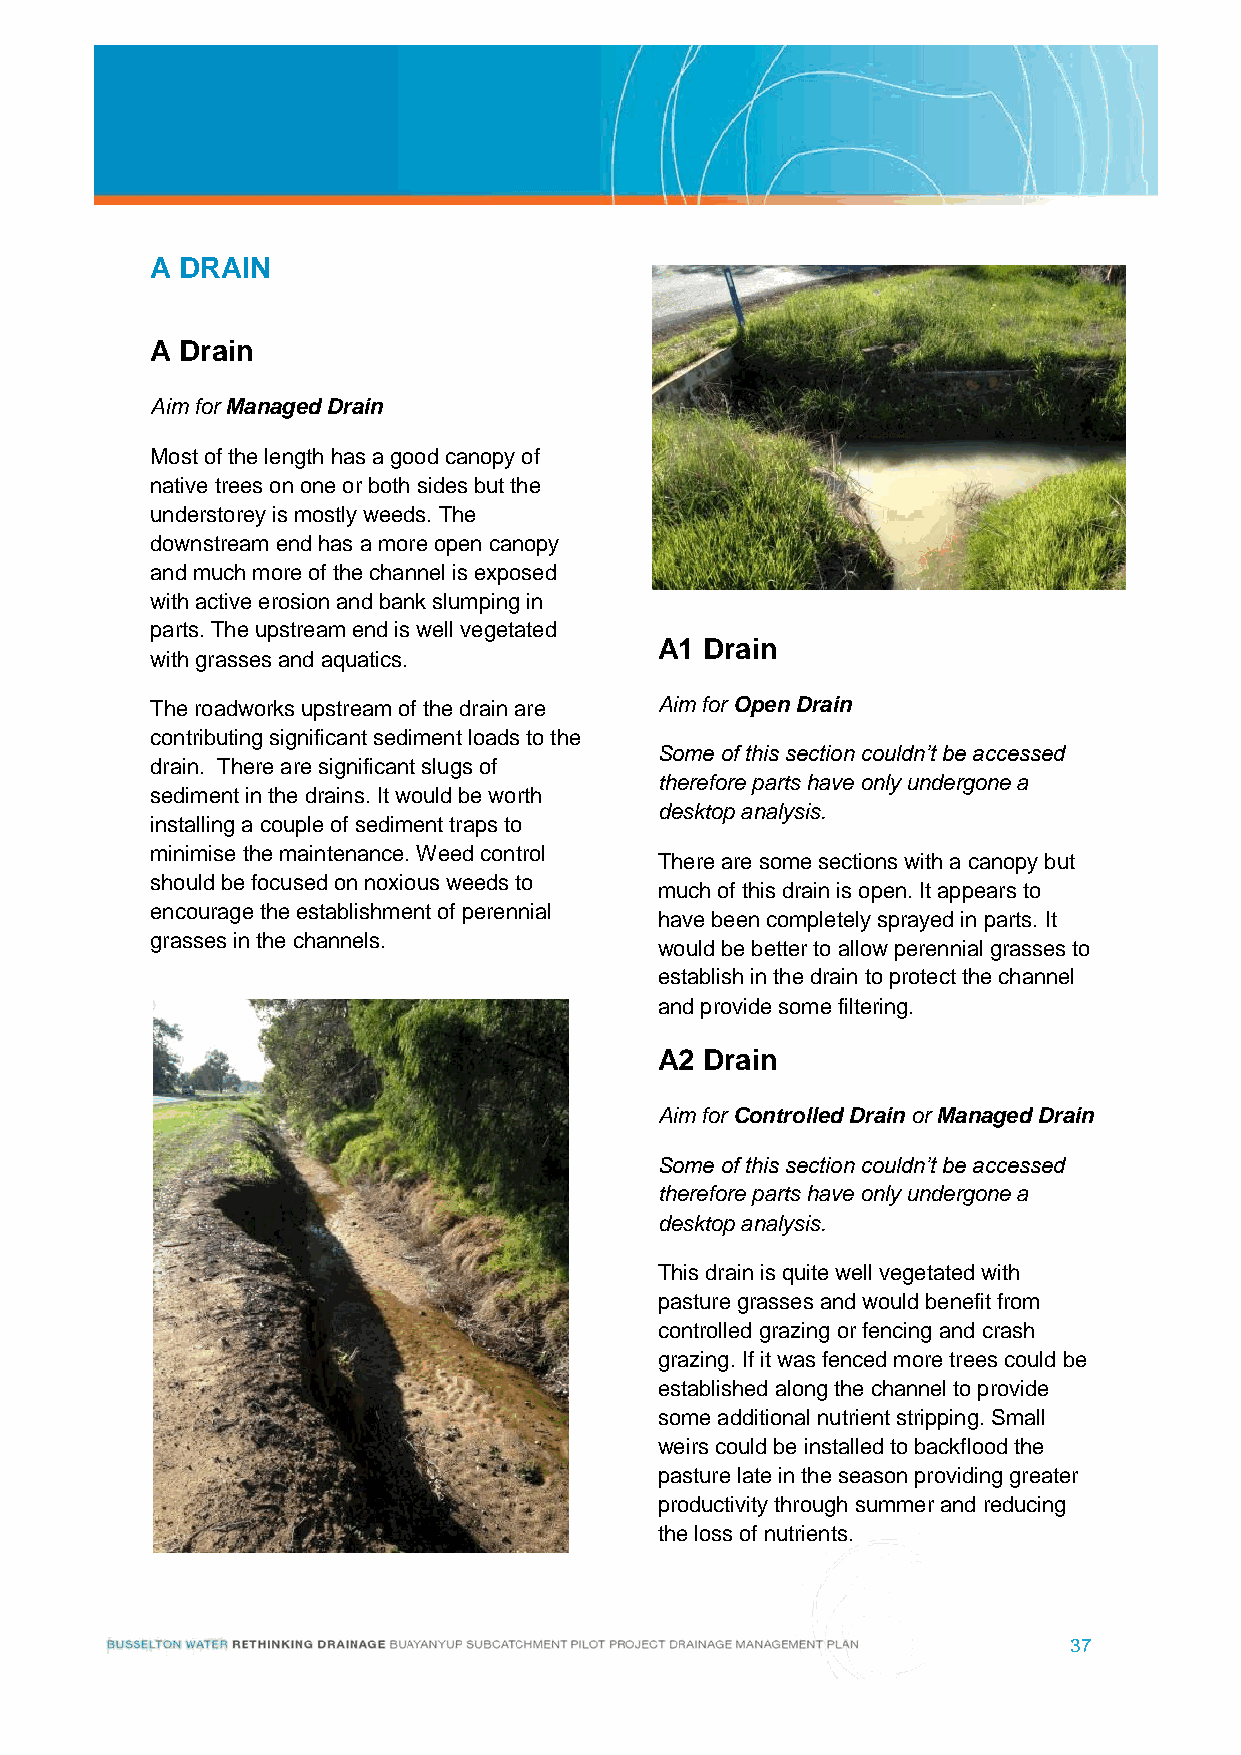
A DRAIN
 A Drain
 Aim for Managed Drain
 Most of the length has a good canopy of
 native trees on one or both sides but the
 understorey is mostly weeds. The
 downstream end has a more open canopy
 and much more of the channel is exposed
 with active erosion and bank slumping in
 parts. The upstream end is well vegetated
 A1 Drain
 with grasses and aquatics.
 The roadworks upstream of the drain are Aim for Open Drain
 contributing significant sediment loads to the
 Some of this section couldn’t be accessed
 drain. There are significant slugs of
 therefore parts have only undergone a
 sediment in the drains. It would be worth
 desktop analysis.
 installing a couple of sediment traps to
 minimise the maintenance. Weed control
 There are some sections with a canopy but
 should be focused on noxious weeds to
 much of this drain is open. It appears to
 encourage the establishment of perennial
 have been completely sprayed in parts. It
 grasses in the channels.
 would be better to allow perennial grasses to
 establish in the drain to protect the channel
 and provide some filtering.
 A2 Drain
 Aim for Controlled Drain or Managed Drain
 Some of this section couldn’t be accessed
 therefore parts have only undergone a
 desktop analysis.
 This drain is quite well vegetated with
 pasture grasses and would benefit from
 controlled grazing or fencing and crash
 grazing. If it was fenced more trees could be
 established along the channel to provide
 some additional nutrient stripping. Small
 weirs could be installed to backflood the
 pasture late in the season providing greater
 productivity through summer and reducing
 the loss of nutrients.
 37